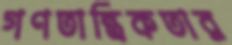
গণতান্ত্রিকতার